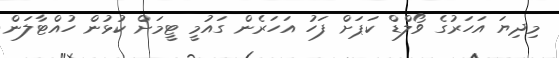
މިދިޔަ އަހަރުގެ ވޯލްޑް ކަޕަށް ފަހު އަހަރެން ގައުމީ ޓީމަށް ކުޅުން ހުއްޓާލަން